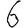
Digit: 6